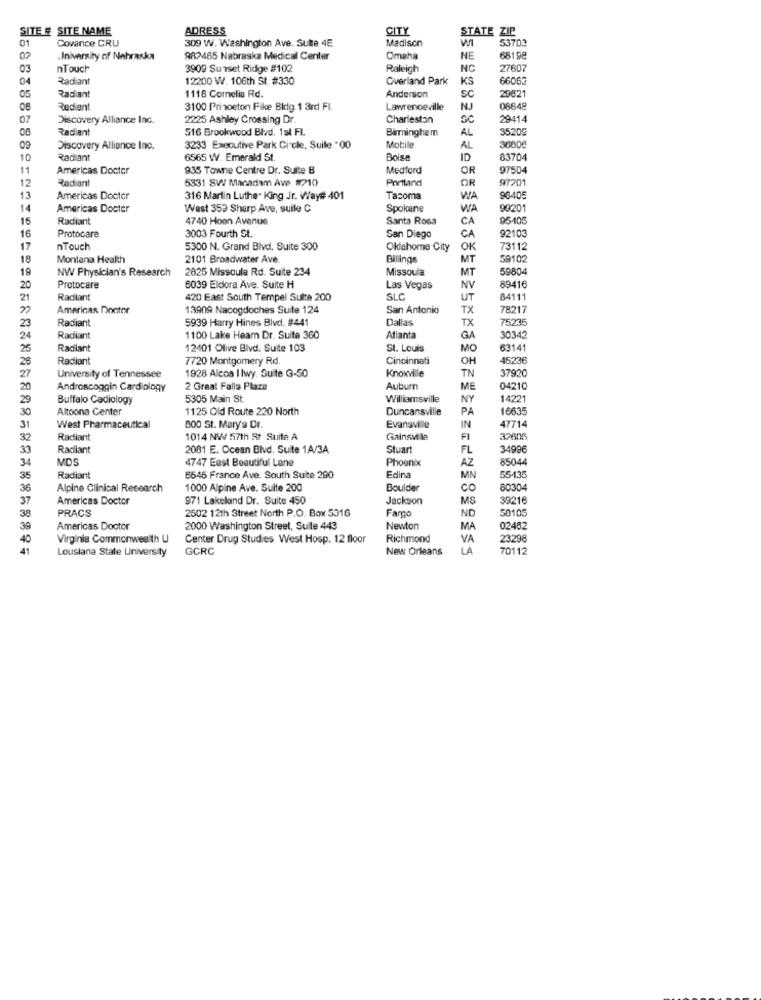
SITE # SITE NAME
ADRESS
CITY
01
Covance CRU
309 W. Washington Ave. Sulte 4E
Madison
STATE ZIP
53709
07
.Iniversity of Nebraska
982485 Nebraska Medical Center
Omaha
NE
6819
03
nTouch
3909 Sunset Ridge #102
Raleigh
NC
27607
04
Radiant
12200 W. 106th St. #330
Overland Park
KS
6606
Radiant
1118 Corneliu Rd.
sc
20621
05
Anderson
Radiant
3100 Princeton Fike Bidig 1 3rd FI.
Lawrenceville
NJ
06648
07
Discovery Alliance Inc.
2225 Ashley Crossing Dr.
Charleston
29414
Radiant
516 Brookwood Blvd. 1sł FL
Birmingham
AL
35209
09
Discovery Alliance Inc.
3233 Executive Park Circle, Suile "00
Mobile
AL
30000
10
Radiant
6565 W. Emerald St
Bolsa
ID
83704
11
Americas Doctor
935 Towne Centre Dr. Suite B
Medford
OR
97504
12
Radiant
5331 8W Manadam Ave #210
OR
97201
Portland
13
Americas Doctor
316 Martin Luther King Jr. Way# 401
Tacoma
WA
96405
14
Americas Docter
West 353 Sharp Ave, suile C
Spokane
WA
9920
15
Radiant
4740 Hoon Avenue
Santa Rosa
CA
95-10
Protocare
CA
16
3003 Fourth St.
San Diego
92103
17
nTouch
5300 N. Grand Blvd. Suite 300
Oklahoma City
OK
73112
18
Montana Health
2101 Broadwater Ave.
Billings
MT
59102
19
NW Physician's Research
2825 Missoula Rd. Suite 234
Missoula
MT
59804
20
Protocare
6039 Eldora Ave. Suite H
Las Vegas
NV
89416
21
Radiant
420 East South Tempel Sulte 200
SLC
UT
84111
"
Americas Doctor
13909 Nacogdoches Suite 124
San Antonio
TX
78217
23
Radiant
5939 Harry Hines Blvd. #441
Dallas
TX
75235
24
Radiant
1100 Lake Heam Dr. Suite 360
Atlanta
GA
30342
25
Radiant
12401 Olive Blvd. Suite 103
St. Louis
MO
6314
26
Radiant
7720 Montgomery Rd
Cincinnati
OH
45236
27
Knoxville
TN
3792C
University of Tennessee
1928 Alcoa Ilwy. Suite G-50
20
Androscoggin Cardiology
2 Great Falls Plaza
Auburn
ME
04210
29
Buffalo Cadiology
5305 Main St.
Williamsville
NY
14221
30
Altoona Center
1125 Old Route 220 North
Duncansville
PA
16635
47714
31
West Pharmaceutical
800 St. Mary's Dr
Evansville
IN
32
Radiant
1014 NW 57th St Suite A
Gainsville
FI
32605
33
Racilant
2081 E. Ocean Blvd. Suite 1A/3A
Stuart
FL
34996
34
MDS
4747 East Beautiful Lane
Phoenix
AZ
8504
35
Radiant
6645 France Ave. South Suite 290
Edina
MN
55-435
36
Alpine Clinical Research
1000 Alpine Ave. Suite 200
Boulder
co
80304
37
Americas Doctor
971 Lakeland Dr. Suite 450
Jackson
MS
39216
38
PRACS
2502 12th Street North P.O. Box 5316
Fargo
ND
50105
39
Americas Doctor
2000 Washington Street, Suite 443
Newton
MA
02462
40
Virginia Commonwealth U
Center Drug Studies West Hosp. 12 floor
Richmond
VA
23298
41
Lousiana State University
GCRC
New Orleans
LA
70112